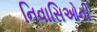
નિવાસિઓની